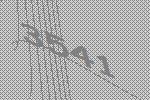
3541